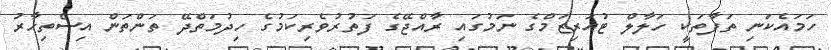
ހަމައެކަނި ތަފާތަކީ ހަލާލް ޓުއަރިޒަމްގެ ނަމުގައި ރާއްޖޭގެ ފަތުރުވެރިކަމުގެ ހިދުމަތްދޭ ތަންތަން އިސްތިހާރު